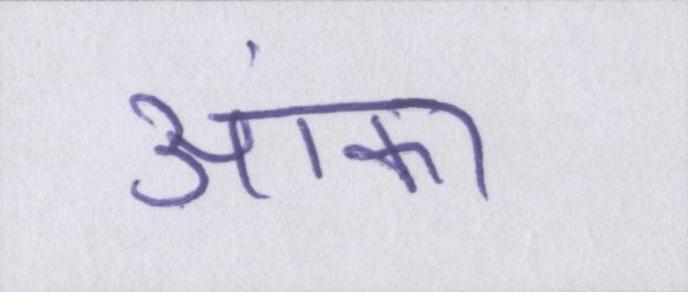
आंका